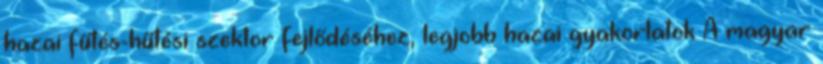
hazai fűtés-hűtési szektor fejlődéséhez, legjobb hazai gyakorlatok A magyar